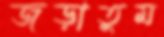
জড়াতুম